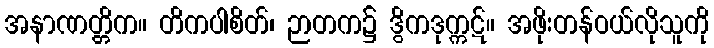
အနာဏတ္တိက။ တိကပါစိတ်၊ ဉာတက၌ ဒွိကဒုက္ကဋ်။ အဖိုးတန်ဝယ်လိုသူကို